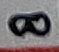
Text: 8